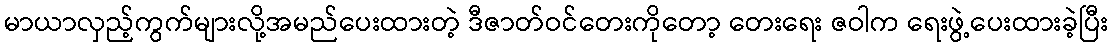
မာယာလှည့်ကွက်များလို့အမည်ပေးထားတဲ့ ဒီဇာတ်ဝင်တေးကိုတော့ တေးရေး ဇဝါက ရေးဖွဲ့ပေးထားခဲ့ပြီး